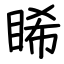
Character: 睎